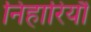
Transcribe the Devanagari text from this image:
निहारियौ